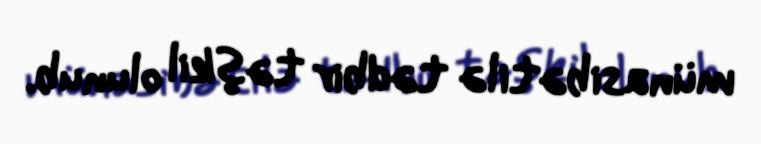
münasibətilə tədbir təşkil olunub.